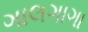
ગાલગાગા